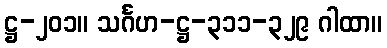
ဋ္ဌ-၂၀၁။ သင်္ဂဟ-ဋ္ဌ-၃၁၁-၃၂၉ ဂါထာ။